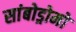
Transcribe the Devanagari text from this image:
सांबोड्रोमो